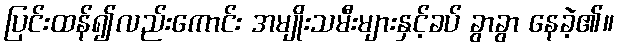
ပြင်းထန်၍လည်းကောင်း အမျိုးသမီးများနှင့်ခပ် ခွာခွာ နေခဲ့၏။